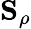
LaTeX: {\mathbf S}_{\rho}